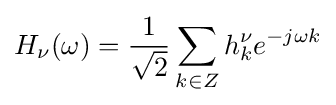
H_{\nu }(\omega )={\frac {1}{\sqrt {2}}}\sum _{k\in Z}h_{k}^{\nu }e^{-j\omega k}